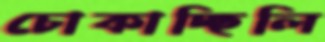
চোকাচ্ছিলি